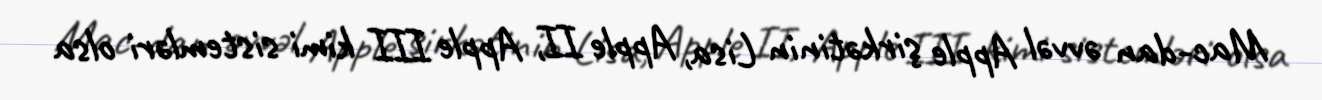
Mac-dan əvvəl Apple şirkətinin Lisa, Apple II, Apple III kimi sistemləri olsa